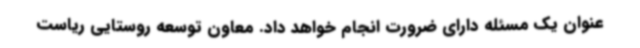
عنوان یک مسئله دارای ضرورت انجام خواهد داد. معاون توسعه روستایی ریاست